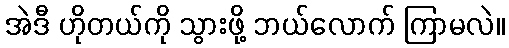
အဲဒီ ဟိုတယ်ကို သွားဖို့ ဘယ်လောက် ကြာမလဲ။